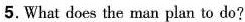
5.What does the man plan to do?